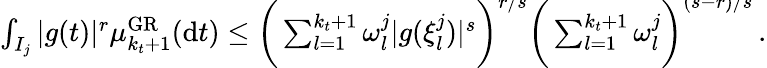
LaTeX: \begin{array}{r}{\int_{I_{j}}|g(t)|^{r}\mu_{k_{t}+1}^{\mathrm{GR}}(\mathrm{d}t)\leq\bigg(\sum_{l=1}^{k_{t}+1}\omega_{l}^{j}|g(\xi_{l}^{j})|^{s}\bigg)^{\smash{r/s}}\bigg(\sum_{l=1}^{k_{t}+1}\omega_{l}^{j}\bigg)^{\smash{(s-r)/s}}\, .}\end{array}